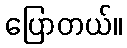
ပြောတယ်။